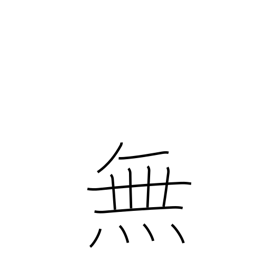
Meaning: not